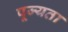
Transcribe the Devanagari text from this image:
पूज्यता